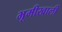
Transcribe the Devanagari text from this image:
भूमीखाली